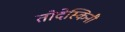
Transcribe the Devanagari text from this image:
तोदेस्किनी